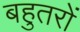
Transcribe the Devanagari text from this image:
बहुतरों